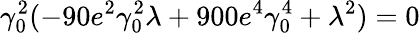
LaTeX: \gamma_{0}^{2}(-90e^{2}\gamma_{0}^{2}\lambda+900e^{4}\gamma_{0}^{4}+\lambda^{2})=0